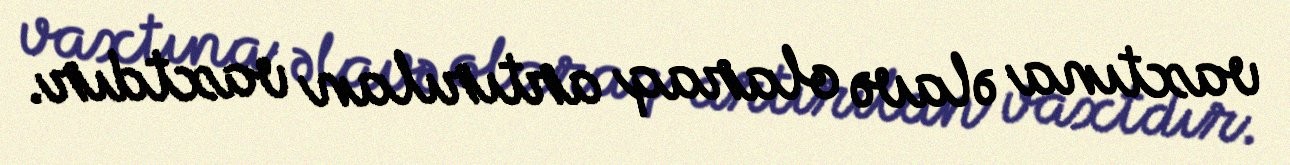
vaxtına əlavə olaraq artırılan vaxtdır.